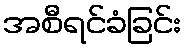
အစီရင်ခံခြင်း